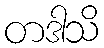
တဒါသိ